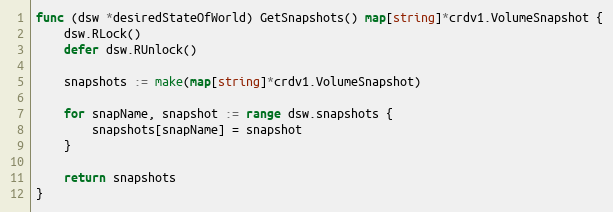
Language: Go
func (dsw *desiredStateOfWorld) GetSnapshots() map[string]*crdv1.VolumeSnapshot {
	dsw.RLock()
	defer dsw.RUnlock()

	snapshots := make(map[string]*crdv1.VolumeSnapshot)

	for snapName, snapshot := range dsw.snapshots {
		snapshots[snapName] = snapshot
	}

	return snapshots
}